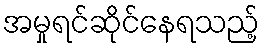
အမှုရင်ဆိုင်နေရသည့်